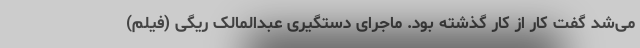
می‌شد گفت کار از کار گذشته بود. ماجرای دستگیری عبدالمالک ریگی (فیلم)